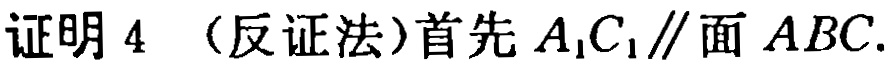
证明4 （反证法）首先 \(A_{1}C_{1}\parallel\)面 \(ABC\).